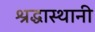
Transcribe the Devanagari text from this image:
श्रद्धास्थानी